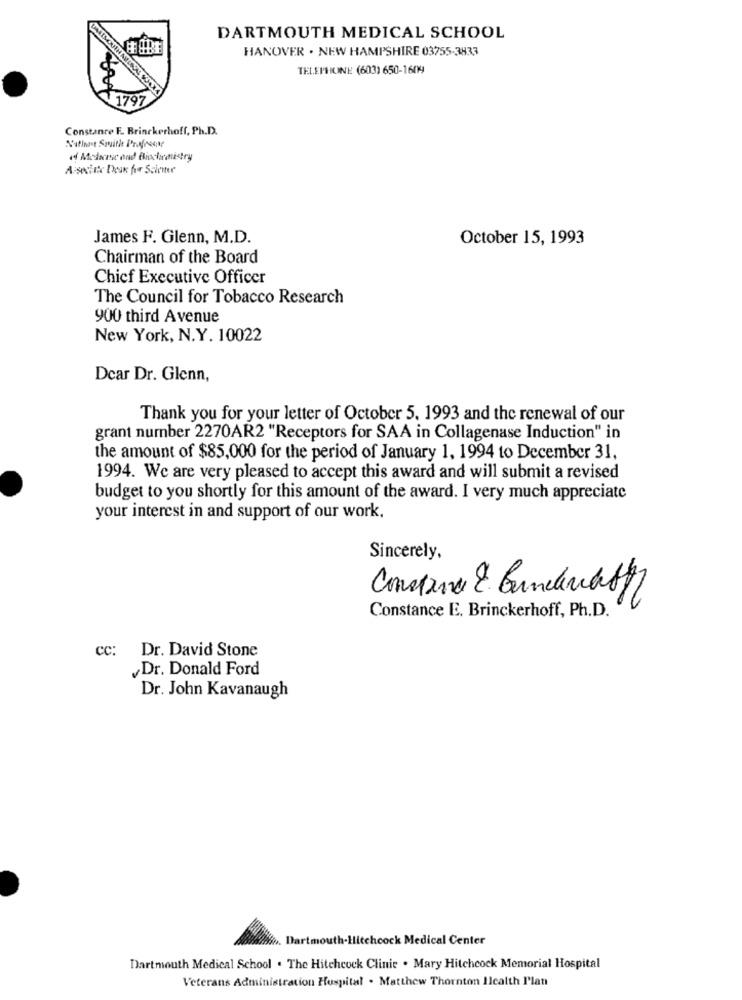
DARTMOUTH MEDICAL SCHOOL
HANOVER . NEW HAMPSHIRE 03755-3833
TELEPHONE (603) 650-1609
₹1797
Constance F. Brinckerhoff, Ph.D.
N'afindet Squithe Prafrente
of Medicine and Biochemistry
James F. Glenn, M.D.
October 15, 1993
Chairman of the Board
Chief Executive Officer
The Council for Tobacco Research
900 third Avenue
New York, N.Y. 10022
Dcar Dr. Glenn,
Thank you for your letter of October 5. 1993 and the renewal of our
grant number 2270AR2 "Receptors for SAA in Collagenase Induction" in
the amount of $85,000 for the period of January 1, 1994 to December 31,
1994. We are very pleased to accept this award and will submit a revised
budget to you shortly for this amount of the award. I very much appreciate
your interest in and support of our work.
Sincerely,
Constance E. Brinckerhoff, Ph.D.
cc:
Dr. David Stone
Dr. Donald Ford
Dr. John Kavanaugh
Dartmot
ith-1
k Medical Center
Dartmouth Medical School . The Hitchcock Clinic . Mary Hitchcock Memorial Hospital
Veterans Administration Hospital . Matthew Thornton Health Plan